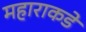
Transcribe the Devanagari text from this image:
महाराकडे